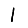
Digit: 1